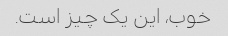
خوب، این یک چیز است.